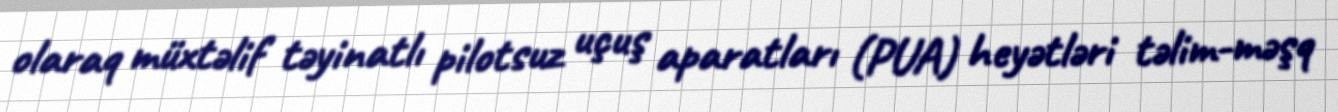
olaraq müxtəlif təyinatlı pilotsuz uçuş aparatları (PUA) heyətləri təlim-məşq